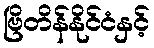
ဗြိတိန်နိုင်ငံနှင့်